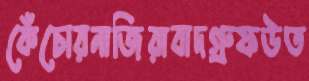
কেঁচোরনাজিরাবাদগ্রুফউত